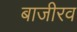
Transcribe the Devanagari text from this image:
बाजीरव